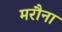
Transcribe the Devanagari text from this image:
मरौना